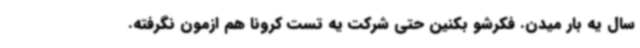
سال یه بار میدن. فکرشو بکنین حتی شرکت یه تست کرونا هم ازمون نگرفته.